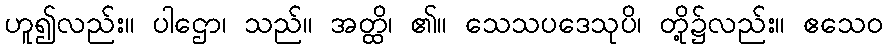
ဟူ၍လည်း။ ပါဌော၊ သည်။ အတ္ထိ၊ ၏။ သေသပဒေသုပိ၊ တို့၌လည်း။ ဧသေဝ